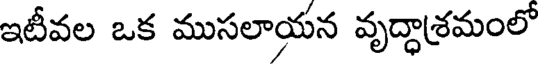
ఇటీవల ఒక ముసలాయన వృద్ధాశ్రమంలో